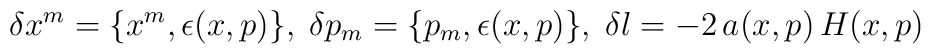
\delta{x^m}=\{x^m, \epsilon(x,p)\}, \; \delta{p_m}=\{p_m, \epsilon(x,p)\}, \;\delta \l = -2\,a(x,p)\, H(x,p)